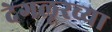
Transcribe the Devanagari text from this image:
देगलूरच्या